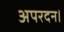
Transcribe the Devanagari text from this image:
अपरदन।